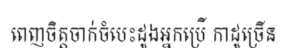
ពេញចិត្តចាក់ចំបេះដូងអ្នកប្រើ កាដូច្រើន